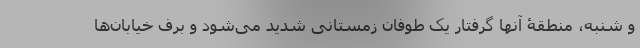
و شنبه، منطقۀ آنها گرفتار یک طوفان زمستانی شدید می‌شود و برف خیابان‌ها